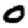
Digit: 0